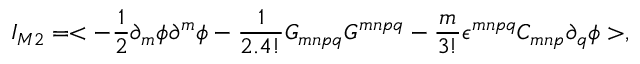
I _ { M 2 } = < - \frac { 1 } { 2 } \partial _ { m } \phi \partial ^ { m } \phi - \frac { 1 } { 2 . 4 ! } G _ { m n p q } G ^ { m n p q } - \frac { m } { 3 ! } \epsilon ^ { m n p q } C _ { m n p } \partial _ { q } \phi > ,